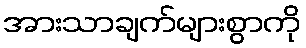
အားသာချက်များစွာကို